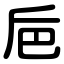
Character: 巵